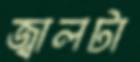
জ্বালটা